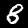
Digit: 8